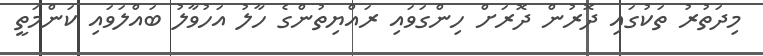
މިދަތުރު ތަކުގައި ދޮރުން ދޮރަށް ހިންގަވައި ރައްޔިތުންގެ ހާލު އަހުވާލު ބައްލަވައި ކަންމަތީ